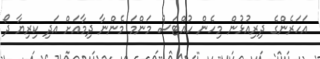
އަހަރެންގެ ދިރިއުޅުން މިހެން ހުއްޓަސް މަންމަ މެންނާ ދިމާއަށް އަދި ކިރިޔާ ދޯ